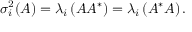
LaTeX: \sigma _ { i } ^ { 2 } ( A ) = \lambda _ { i } \left( A A ^ { * } \right) = \lambda _ { i } \left( A ^ { * } A \right) .